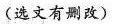
(选文有则改)